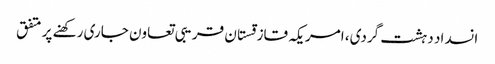
انسداد دہشت گردی، امریکہ قازقستان قریبی تعاون جاری رکھنے پر متفق